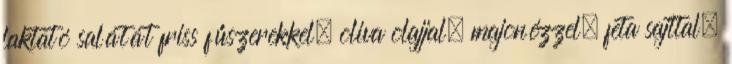
laktató salátát friss fűszerekkel, oliva olajjal, majonézzel, feta sajttal.